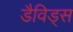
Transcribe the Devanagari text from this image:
डैविड्स